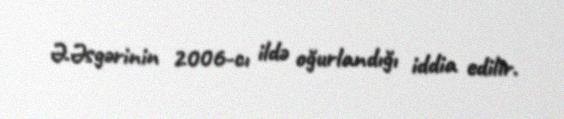
Ə.Əsgərinin 2006-cı ildə oğurlandığı iddia edilir.